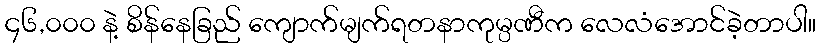
၄၆,၀၀၀ နဲ့ စိန်နေခြည် ကျောက်မျက်ရတနာကုမ္ပဏီက လေလံအောင်ခဲ့တာပါ။